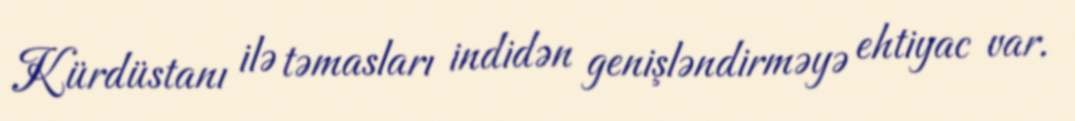
Kürdüstanı ilə təmasları indidən genişləndirməyə ehtiyac var.